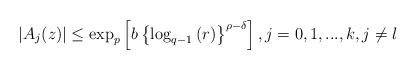
LaTeX: \begin{align*}\left\vert A_{j}(z)\right\vert \leq \exp _{p}\left[ b\left\{ \log_{q-1}\left( r\right) \right\} ^{\rho -\delta }\right] ,j=0,1,...,k,j\neq l \end{align*}